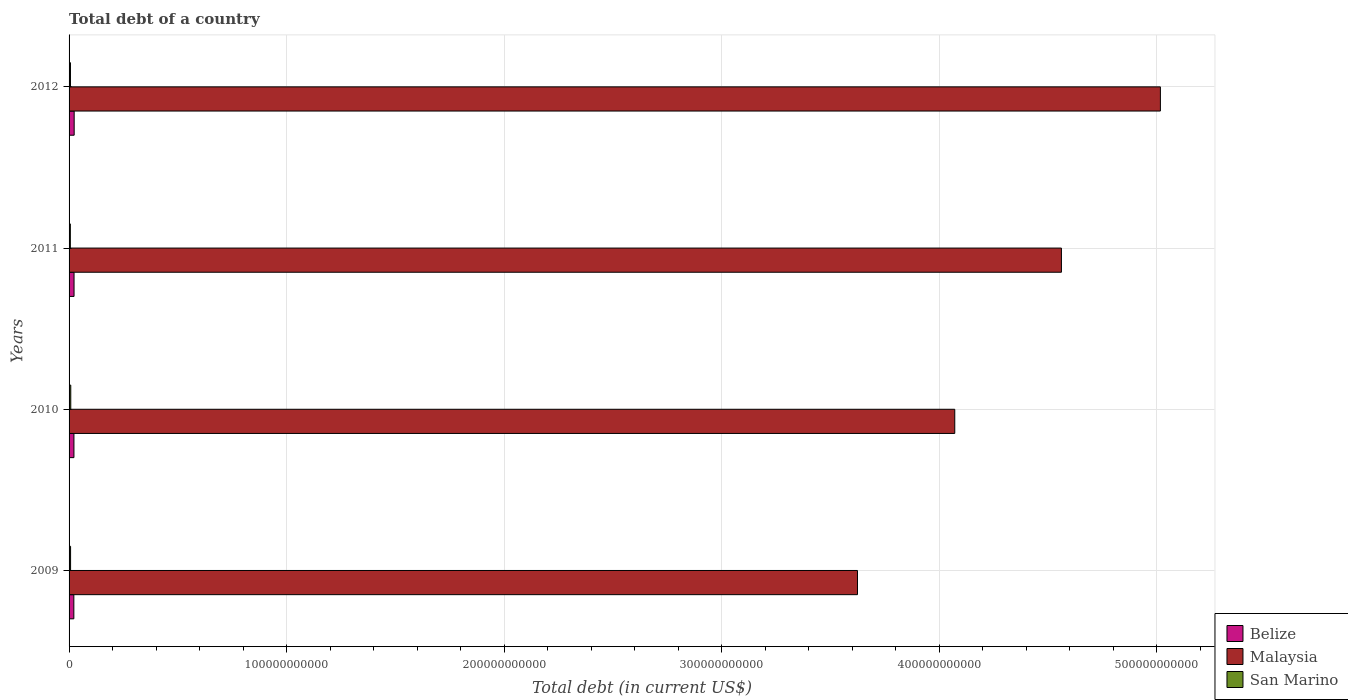
| Years | Belize | Malaysia | San Marino |
 | --- | --- | --- | --- |
 | 2009 | 2.19e+09 | 3.62e+11 | 6.9e+08 |
 | 2010 | 2.24e+09 | 4.07e+11 | 7.8e+08 |
 | 2011 | 2.29e+09 | 4.56e+11 | 5.84e+08 |
 | 2012 | 2.34e+09 | 5.02e+11 | 6.4e+08 |